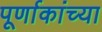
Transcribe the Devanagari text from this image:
पूर्णाकांच्या